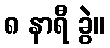
၈ နာရီ ခွဲ။